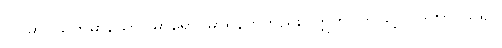
ပါပိမာ၊ ယုတ်မာသော။ မာရော၊ မာရ်နတ်တည်း။ ဣတိ၊ ဤသို့။ ဝိဒိတွာ၊ သိ၍။